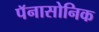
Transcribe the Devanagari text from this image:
पॅनासोनिक